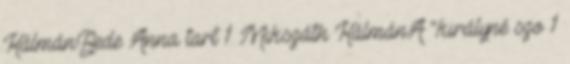
Kálmán:Bede Anna tart 1 Mikszáth KálmánA "királyné szo 1